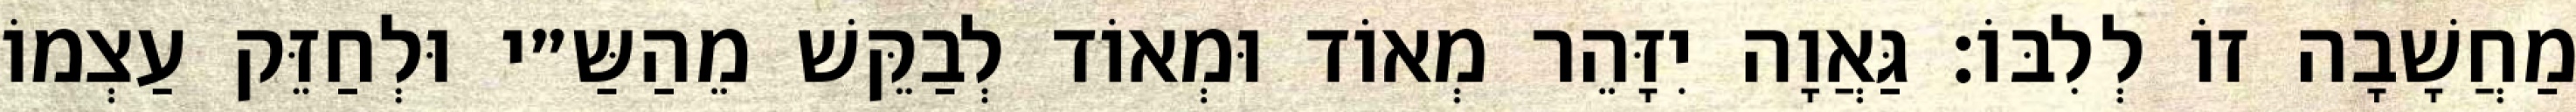
מַחֲשָׁבָה זוֹ לְלִבּוֹ: גַּאֲוָה יִזָּהֵר מְאוֹד וּמְאוֹד לְבַקֵּשׁ מֵהַשַּ״י וּלְחַזֵּק עַצְמוֹ